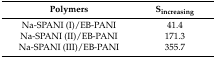
<table><thead><tr><td><b>Polymers</b></td><td><b>S<sub>increasing</sub></b></td></tr></thead><tbody><tr><td>Na-SPANI (I)/EB-PANI</td><td>41.4</td></tr><tr><td>Na-SPANI (II)/EB-PANI</td><td>171.3</td></tr><tr><td>Na-SPANI (III)/EB-PANI</td><td>355.7</td></tr></tbody></table>